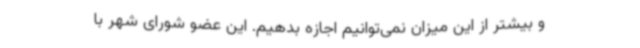
و بیشتر از این میزان نمی‌توانیم اجازه بدهیم. این عضو شورای شهر با